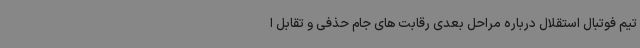
تیم فوتبال استقلال درباره مراحل بعدی رقابت های جام حذفی و تقابل ا